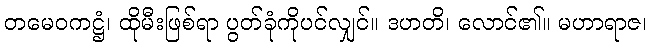
တမေဝကဋ္ဌံ၊ ထိုမီးဖြစ်ရာ ပွတ်ခုံကိုပင်လျှင်။ ဒဟတိ၊ လောင်၏။ မဟာရာဇ၊